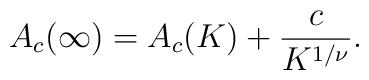
A_c (\infty ) = A_c (K) + \frac{c}{K^{1/\nu}}.